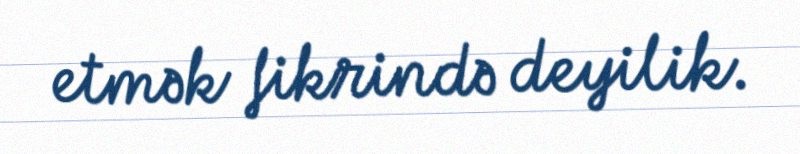
etmək fikrində deyilik.